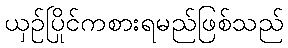
ယှဉ်ပြိုင်ကစားရမည်ဖြစ်သည်